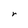
Character: r